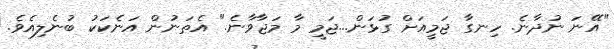
"އޭނަ ނުދާނެ. ހިނގާ ޖަމީއަށް ގުޅަން...ޖަމީ މާ މަޖާވާނެ." އެތަނުން އަނެކަކު ބުނެލިއެވެ.